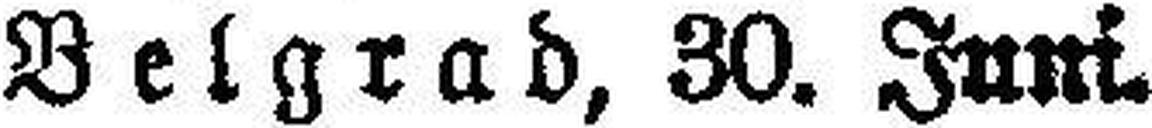
Belgrad, 30. Juni.